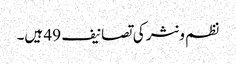
نظم و نثر کی تصانیف 49 ہیں۔